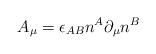
LaTeX: \begin{align*}A_\mu =\epsilon _{AB}n^A\partial _\mu n^B \end{align*}